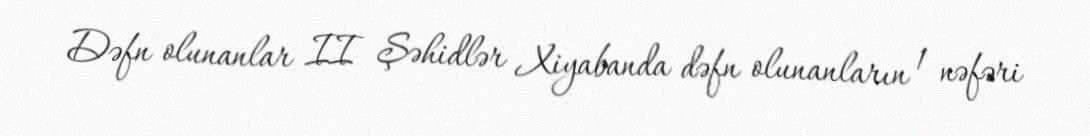
Dəfn olunanlar II Şəhidlər Xiyabanda dəfn olunanların 1 nəfəri